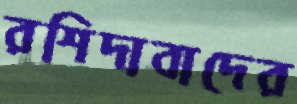
রশিদাবাদের